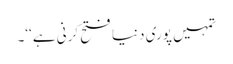
تمہیں پوری دنیا فتح کرنی ہے‘‘۔